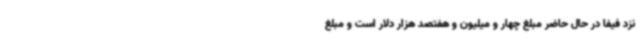
نزد فیفا در حال حاضر مبلغ چهار و میلیون و هفتصد هزار دلار است و مبلغ